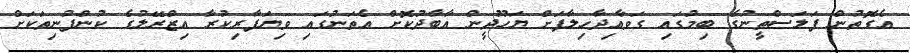
އެގޮތުން ފަލަސްތީނުގެ ބިމުގައި ގަވާއިދާހިލާފަށް ޔަހޫދީން އާބާދުކޮށް އެތަނުގައި ވިޔަފާރިކުރާ އިޒްރޭލުގެ ކުންފުނިތަކަށް